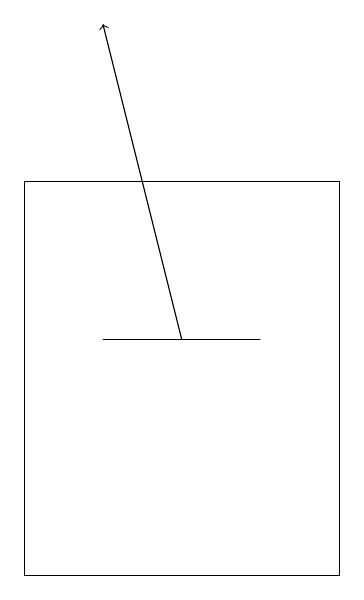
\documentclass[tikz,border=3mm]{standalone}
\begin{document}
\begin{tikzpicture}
\draw[->] (6,15) -- (5,19);
\draw (7,15) rectangle (5,15);
\draw (8,12) rectangle (4,17);
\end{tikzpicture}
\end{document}